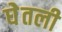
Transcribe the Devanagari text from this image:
घेेतली